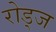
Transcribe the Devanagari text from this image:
रोड्ज